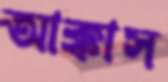
আক্কাস